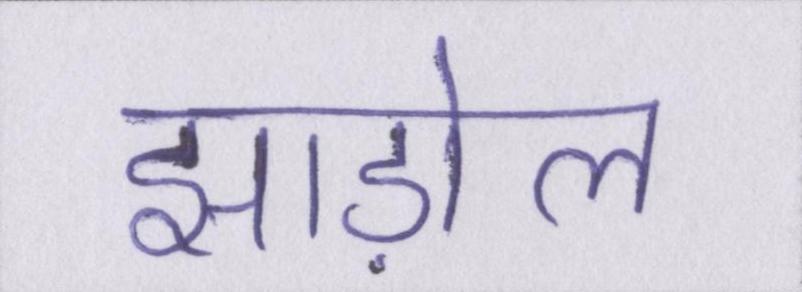
झाड़ोल